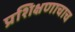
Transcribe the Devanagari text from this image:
प्रशिक्षणाचाच